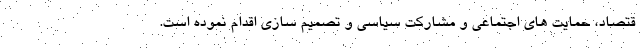
قتصاد، حمایت های اجتماعی و مشارکت سیاسی و تصمیم سازی اقدام نموده است.